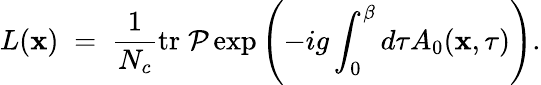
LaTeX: L({\mathbf x})\; =\; {\frac{1}{N_{c}}}\mathrm{tr}\; {\cal P}\exp\left(-ig\int_{0}^{\beta}d\tau A_{0}({\mathbf x},\tau)\right).